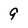
Character: 9